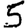
Digit: 5